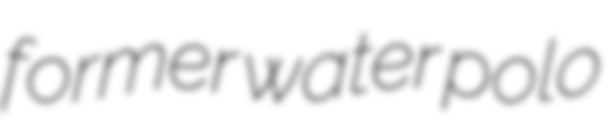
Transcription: former water polo